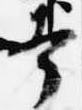
幸